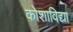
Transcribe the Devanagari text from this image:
कोशाविद्या